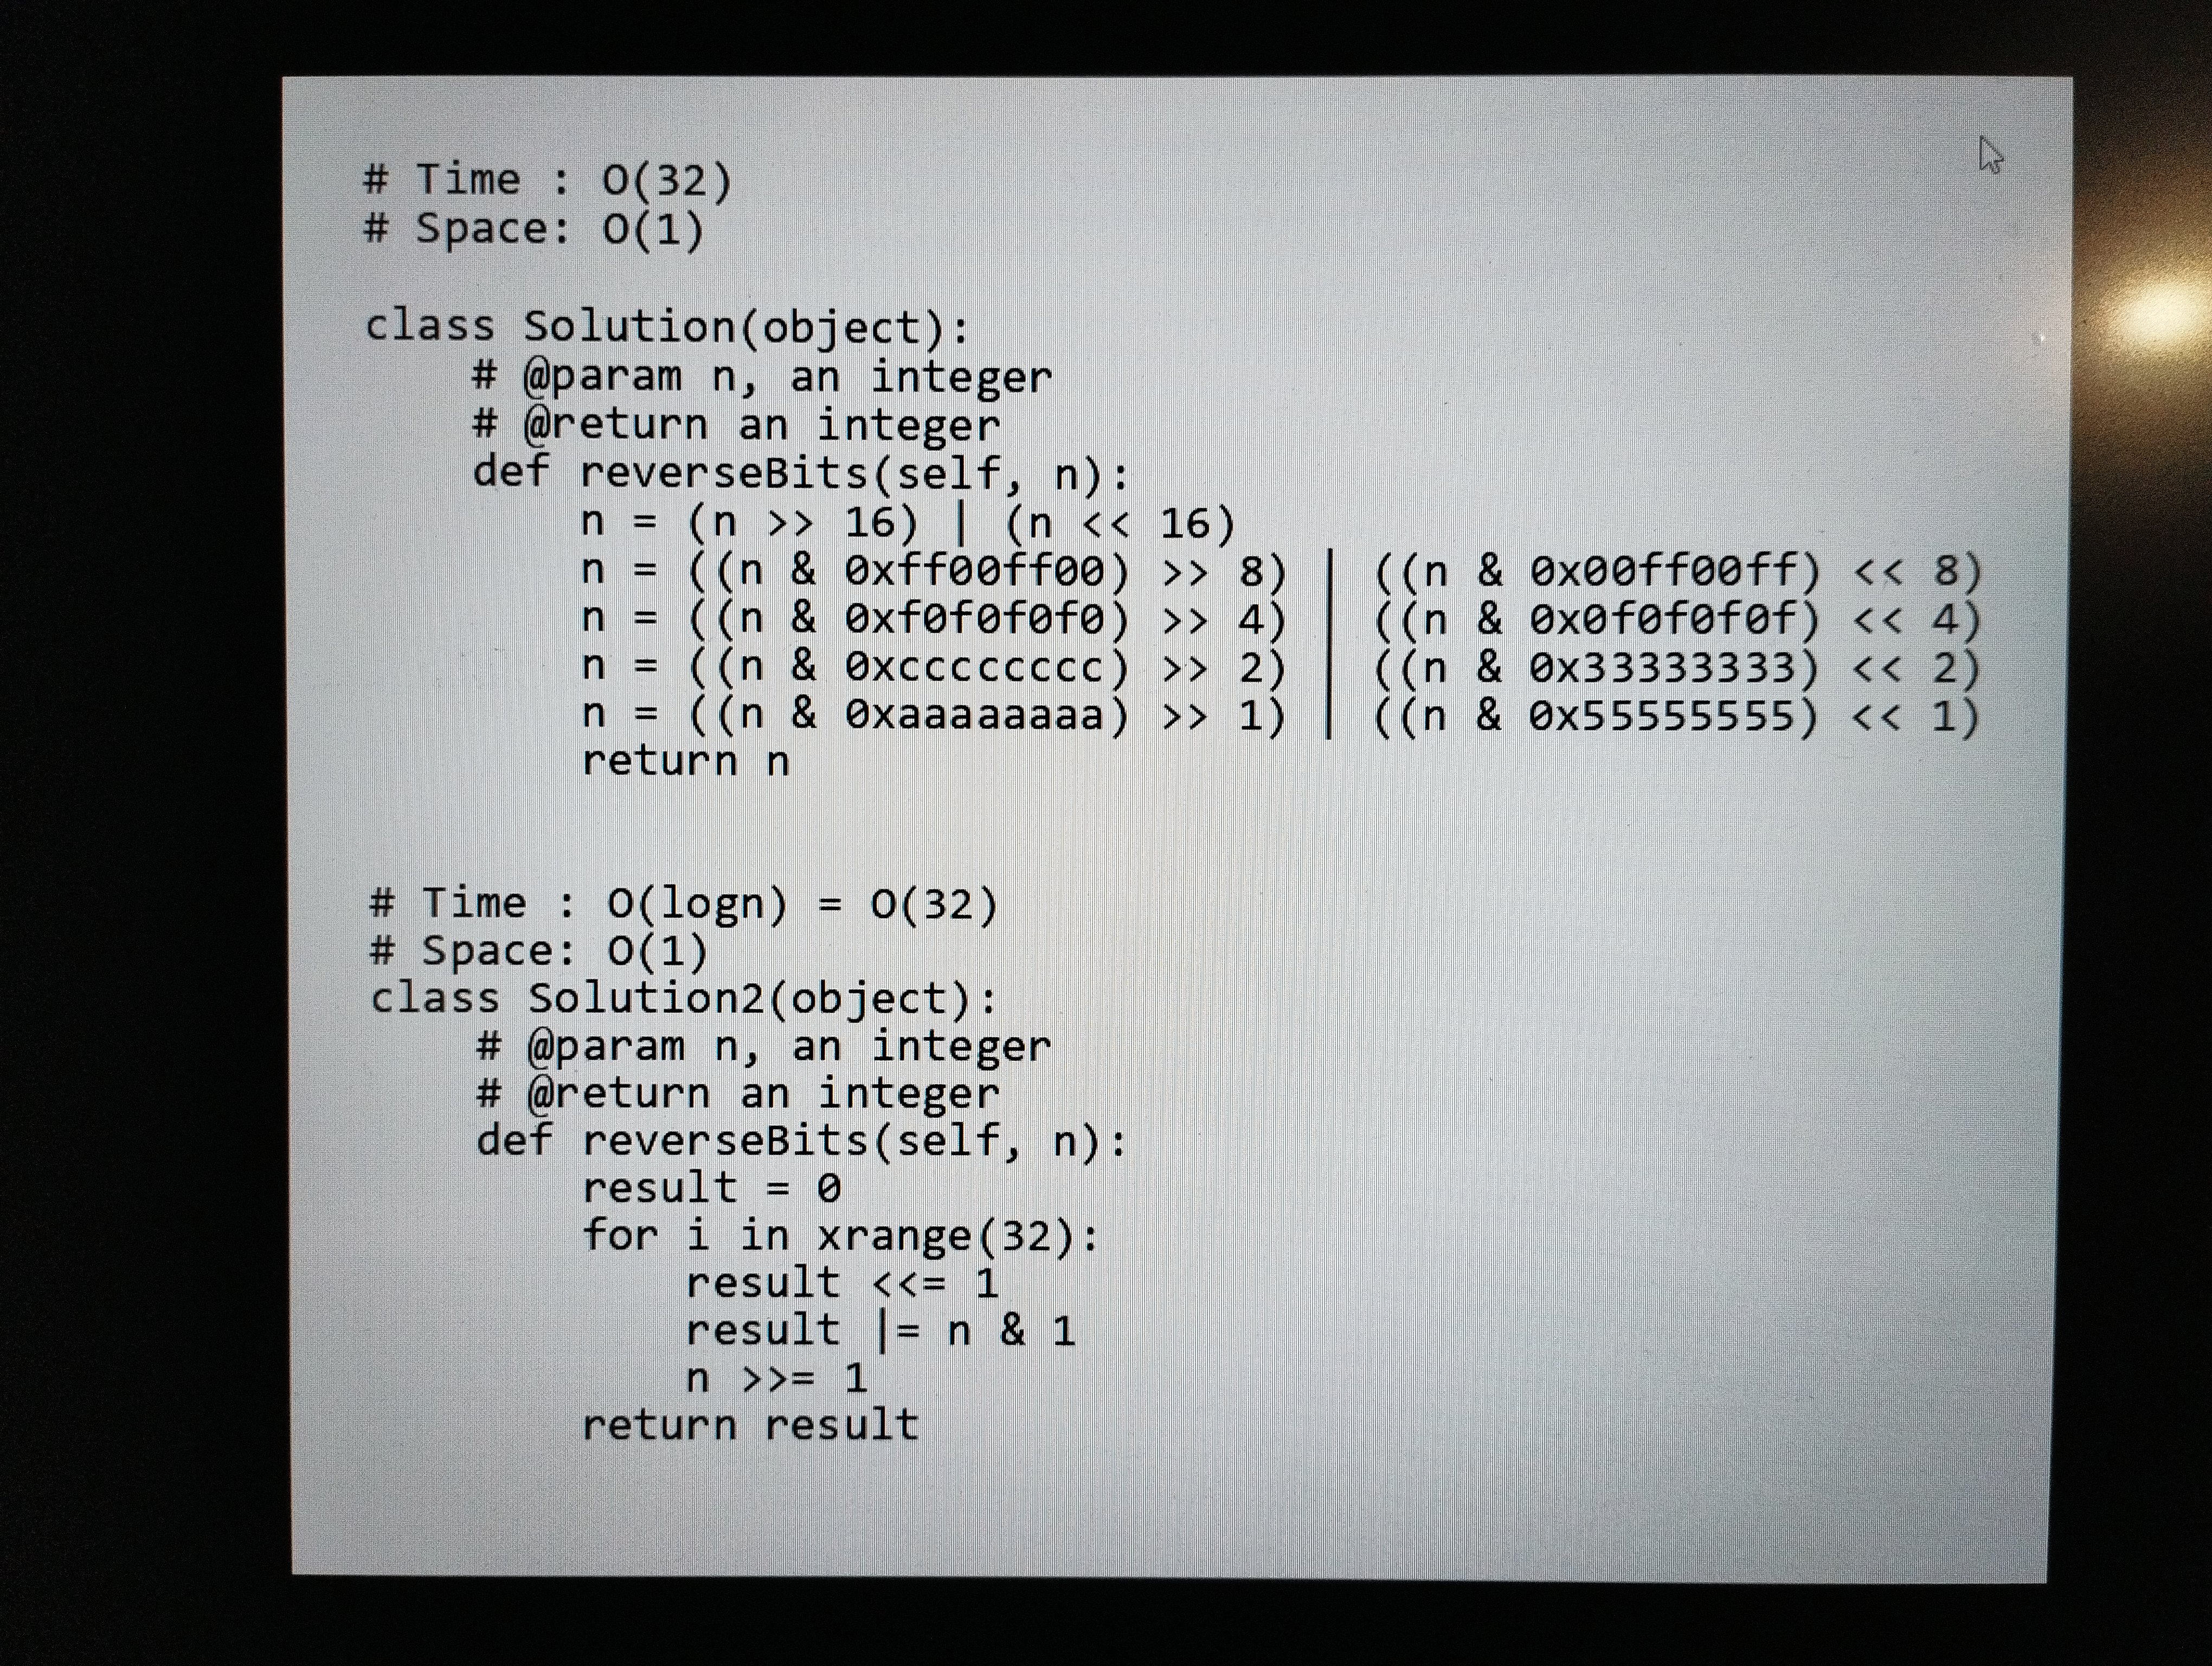
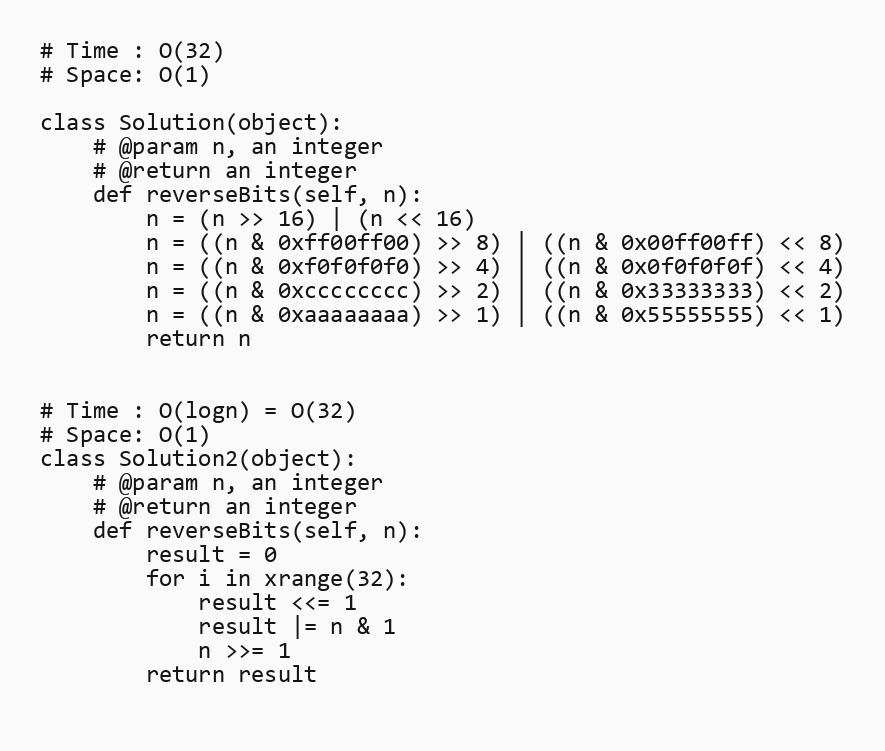
# Time : O(32)
# Space: O(1)

class Solution(object):
    # @param n, an integer
    # @return an integer
    def reverseBits(self, n):
        n = (n >> 16) | (n << 16)
        n = ((n & 0xff00ff00) >> 8) | ((n & 0x00ff00ff) << 8)
        n = ((n & 0xf0f0f0f0) >> 4) | ((n & 0x0f0f0f0f) << 4)
        n = ((n & 0xcccccccc) >> 2) | ((n & 0x33333333) << 2)
        n = ((n & 0xaaaaaaaa) >> 1) | ((n & 0x55555555) << 1)
        return n

# Time : O(logn) = O(32)
# Space: O(1)
class Solution2(object):
    # @param n, an integer
    # @return an integer
    def reverseBits(self, n):
        result = 0
        for i in xrange(32):
            result <<= 1
            result |= n & 1
            n >>= 1
        return result